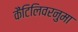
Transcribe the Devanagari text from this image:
कैंटिलिवरनुमा